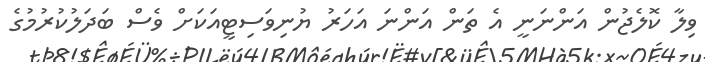
ވިލާ ކޮލެޖުން އަންނަނީ އެ ތަން އަންނަ އަހަރު ޔުނިވަސިޓީއަކަށް ވެސް ބަދަލުކުރުމުގެ